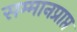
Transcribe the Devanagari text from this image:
सम्मानप्राप्त